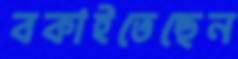
বকাইতেছেন